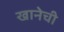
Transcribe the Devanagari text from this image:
खानेची